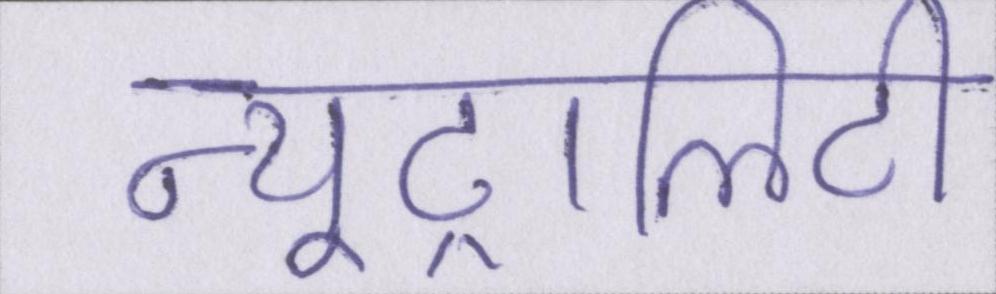
न्यूट्रालिटी